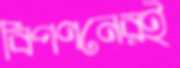
বিপণনেরই